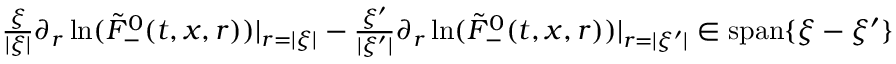
\begin{array} { r } { \frac { \xi } { | \xi | } \partial _ { r } \ln ( \tilde { F } _ { - } ^ { 0 } ( t , x , r ) ) | _ { r = | \xi | } - \frac { \xi ^ { \prime } } { | \xi ^ { \prime } | } \partial _ { r } \ln ( \tilde { F } _ { - } ^ { 0 } ( t , x , r ) ) | _ { r = | \xi ^ { \prime } | } \in \mathrm { s p a n } \{ \xi - \xi ^ { \prime } \} } \end{array}